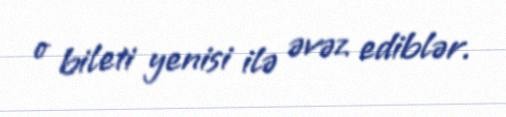
o bileti yenisi ilə əvəz ediblər.